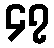
၄၇